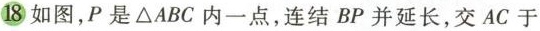
18 如图，P是\triangle ABC内一点，连结BP并延长，交AC于